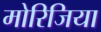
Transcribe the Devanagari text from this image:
मोरिजिया